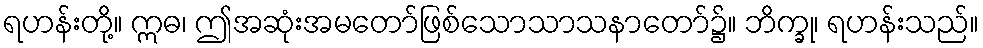
ရဟန်းတို့။ ဣဓ၊ ဤအဆုံးအမတော်ဖြစ်သောသာသနာတော်၌။ ဘိက္ခု၊ ရဟန်းသည်။